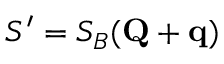
S ^ { \prime } = S _ { B } ( \mathbf { Q } + \mathbf { q } )